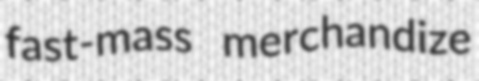
fast-mass merchandize